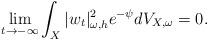
LaTeX: \begin{align*} \lim\limits_{t \rightarrow -\infty} \int_X |w_t|_{\omega, h}^2 e^{-\psi} dV_{X,\omega}=0 . \end{align*}